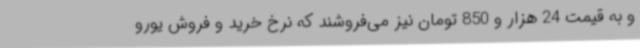
و به قیمت 24 هزار و 850 تومان نیز می‌فروشند که نرخ خرید و فروش یورو